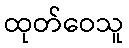
ထုတ်ဝေသူ